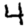
Digit: 4